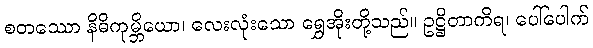
စတဿော နိဓိကုမ္ဘိယော၊ လေးလုံးသော ရွှေအိုးတို့သည်။ ဥဋ္ဌိတာကိရ၊ ပေါ်ပေါက်